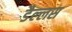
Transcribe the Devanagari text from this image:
डैल्लस